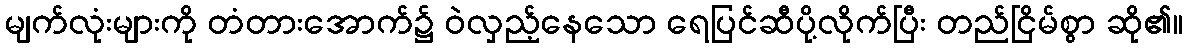
မျက်လုံးများကို တံတားအောက်၌ ဝဲလှည့်နေသော ရေပြင်ဆီပို့လိုက်ပြီး တည်ငြိမ်စွာ ဆို၏။